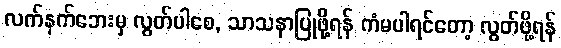
လက်နက်ဘေးမှ လွတ်ပါစေ, သာသနာပြုဖို့ရန် ကံမပါရင်တော့ လွတ်ဖို့ရန်